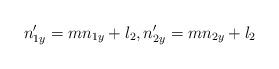
LaTeX: \begin{align*}n_{1y}'=m n_{1y} + l_{2}, n_{2y}'=m n_{2y} + l_{2}\end{align*}